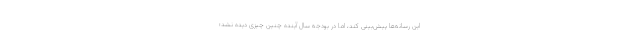
این رسانه‌ها پیش‌بینی کند، اما در بودجه سال آینده چنین چیزی دیده نشد؛